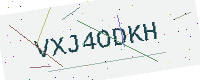
Text: VXJ4ODKH